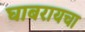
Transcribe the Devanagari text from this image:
घाबरायचा